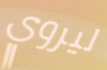
ليروي